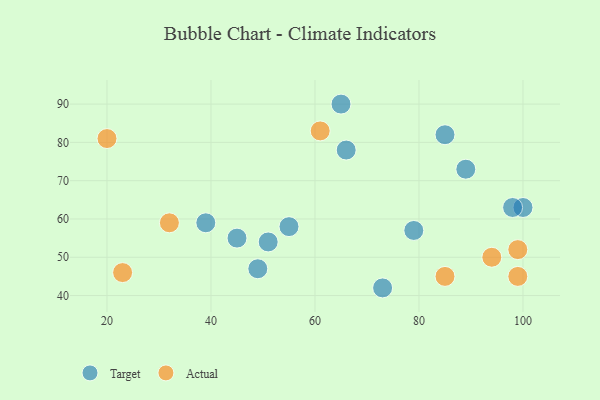
{"axis": {"x": "GDP", "y": "Life Expectancy"}, "legend": ["Actual", "Target"], "data": [{"x": "66", "y": 78, "type": "Target"}, {"x": "65", "y": 90, "type": "Target"}, {"x": "51", "y": 54, "type": "Target"}, {"x": "39", "y": 59, "type": "Target"}, {"x": "85", "y": 82, "type": "Target"}, {"x": "79", "y": 57, "type": "Target"}, {"x": "100", "y": 63, "type": "Target"}, {"x": "73", "y": 42, "type": "Target"}, {"x": "45", "y": 55, "type": "Target"}, {"x": "49", "y": 47, "type": "Target"}, {"x": "98", "y": 63, "type": "Target"}, {"x": "55", "y": 58, "type": "Target"}, {"x": "89", "y": 73, "type": "Target"}, {"x": "99", "y": 45, "type": "Actual"}, {"x": "32", "y": 59, "type": "Actual"}, {"x": "94", "y": 50, "type": "Actual"}, {"x": "20", "y": 81, "type": "Actual"}, {"x": "61", "y": 83, "type": "Actual"}, {"x": "23", "y": 46, "type": "Actual"}, {"x": "85", "y": 45, "type": "Actual"}, {"x": "99", "y": 52, "type": "Actual"}]}